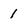
Character: 1